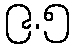
၉.၅